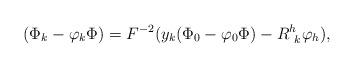
LaTeX: \begin{align*} (\Phi_k-\varphi_k\Phi)=F^{-2}(y_k(\Phi_0-\varphi_0\Phi)-R^h_{\ k}\varphi_h), \end{align*}